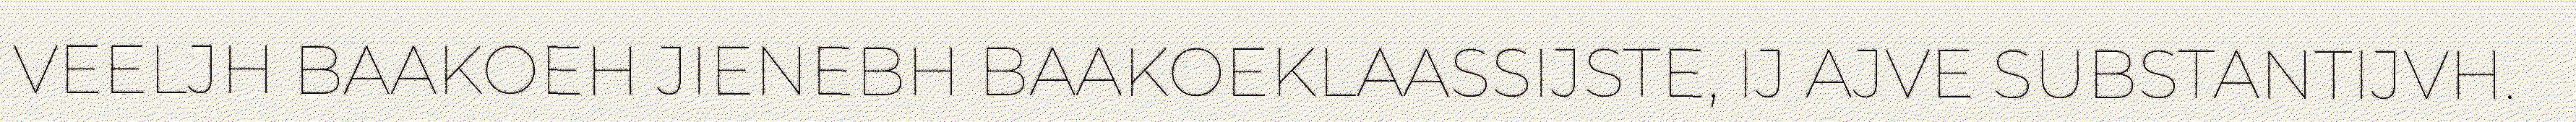
VEELJH BAAKOEH JIENEBH BAAKOEKLAASSIJSTE, IJ AJVE SUBSTANTIJVH.